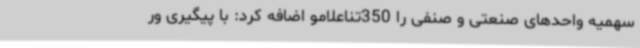
سهمیه واحدهای صنعتی و صنفی را 350تناعلامو اضافه کرد: با پیگیری ور